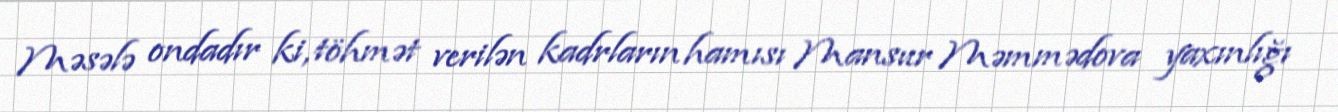
Məsələ ondadır ki, töhmət verilən kadrların hamısı Mansur Məmmədova yaxınlığı